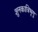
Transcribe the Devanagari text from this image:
शुनकात्रिभृगु